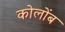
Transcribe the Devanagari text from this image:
कोलोंब